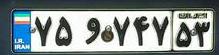
۷۵و۷۴۷۵۳